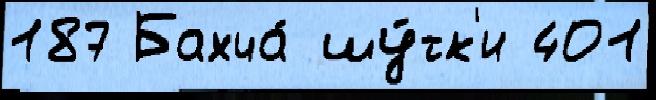
187 Бахча́ шу́тк'и 401